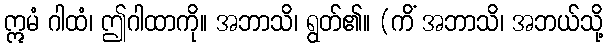
ဣမံ ဂါထံ၊ ဤဂါထာကို။ အဘာသိ၊ ရွတ်၏။ (ကိံ အဘာသိ၊ အဘယ်သို့